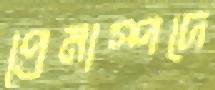
প্রেমাস্পদে